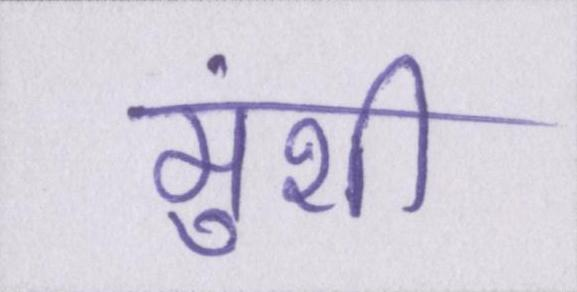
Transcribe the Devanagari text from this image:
मुंशी